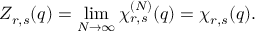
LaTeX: Z _ { r , s } ( q ) = \operatorname * { l i m } _ { N \to \infty } \chi _ { r , s } ^ { ( N ) } ( q ) = \chi _ { r , s } ( q ) .